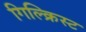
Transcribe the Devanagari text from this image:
गिल्क्रिस्ट